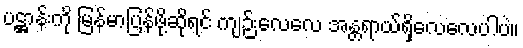
ပဋ္ဌာန်းကို မြန်မာပြန်ဖို့ဆိုရင် ကျဉ်းလေလေ အန္တရာယ်ရှိလေလေပါပဲ။